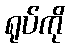
ရုပ်ကို